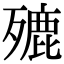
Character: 𣩏